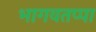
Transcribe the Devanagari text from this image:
भागवतप्पा